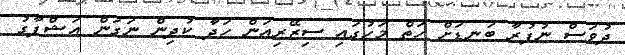
ދުވަސް ނުފުރާ ބަނޑަށް ހަތް މަހުގައި ސިޒޭރިއަން ހަދާ ކުދިން ނަގަން އަޝްފާގު